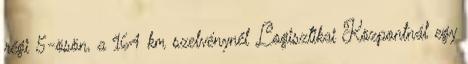
régi 5-ösön, a 164 km szelvénynél Logisztikai Központnál egy